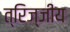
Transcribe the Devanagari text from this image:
त्रिज्जीय